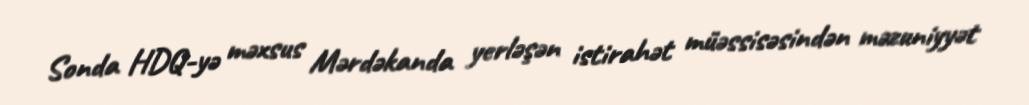
Sonda HDQ-yə məxsus Mərdəkanda yerləşən istirahət müəssisəsindən məzuniyyət